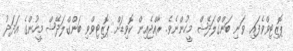
ޕޮޒިޓިވްވެފައި ވަނި ބަންގްލަދޭޝް މީހުންނެވެ. ރާއްޖެއިން ކޮވިޑަށް ޕޮޒިޓިވްވި ބަންގްލަދޭޝް މީހުންގެ އަދަދު